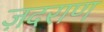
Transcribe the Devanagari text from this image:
ज़दराण